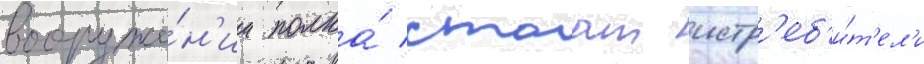
вооруже́н'ии полка́ стоат истр'еб'и́т'ел'и